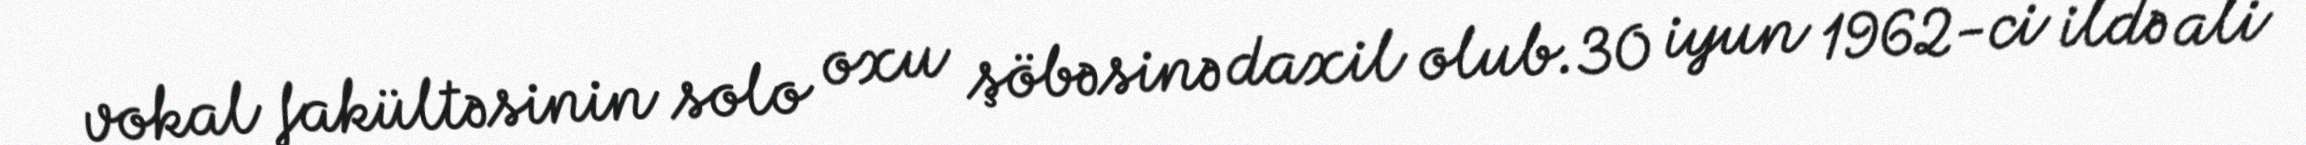
vokal fakültəsinin solo oxu şöbəsinə daxil olub.30 iyun 1962-ci ildə ali